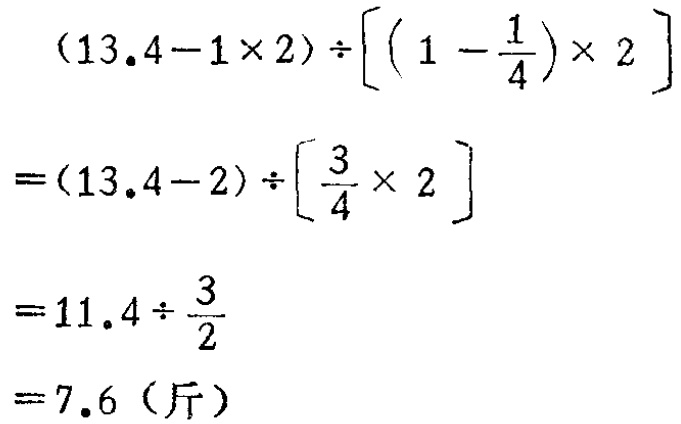
\[

\begin{align*}

&(13.4 - 1\times2)\div\left[\left(1 - \frac{1}{4}\right)\times2\right]\\

=&(13.4 - 2)\div\left[\frac{3}{4}\times2\right]\\

=&11.4\div\frac{3}{2}\\

=&7.6 \text{（斤）}

\end{align*}

\]